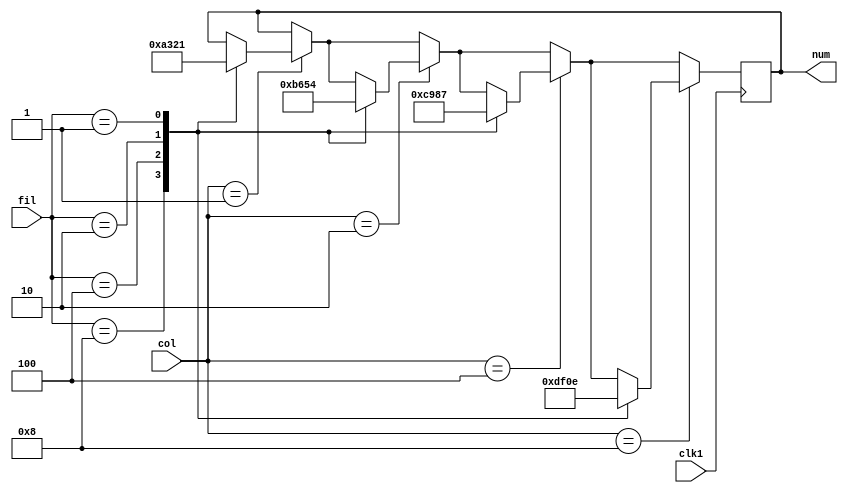
`timescale 1ns / 1ps
//////////////////////////////////////////////////////////////////////////////////
// Company: 
// Engineer: 
// 
// Design Name: 
// Module Name:    com 
// Project Name: 
// Target Devices: 
// Tool versions: 
// Description: 
//
// Dependencies: 
//
// Revision: 
// Revision 0.01 - File Created
// Additional Comments: 
//
//////////////////////////////////////////////////////////////////////////////////
module com(clk1, fil, col, num);

input clk1;
input [3:0]fil;
input [3:0]col;
output reg [3:0]num;

initial begin
num = 4'h0;
end

always @(posedge clk1)begin
if(col == 4'b0001)begin
	case(fil)
		4'b1000: num = 4'hA;
		4'b0100: num = 4'h3;
		4'b0010: num = 4'h2;
		4'b0001: num = 4'h1;


	endcase
 end

if(col == 4'b0010)begin
	case(fil)
		4'b1000: num = 4'hB;
		4'b0100: num = 4'h6;
		4'b0010: num = 4'h5;
		4'b0001: num = 4'h4;


	endcase
 end 
 
if(col == 4'b0100)begin
	case(fil)
		4'b1000: num = 4'hC;
		4'b0100: num = 4'h9;
		4'b0010: num = 4'h8;
		4'b0001: num = 4'h7;


	endcase
 end
 
if(col == 4'b1000)begin
	case(fil)
		4'b1000: num = 4'hD;
		4'b0100: num = 4'hF;
		4'b0010: num = 4'h0;
		4'b0001: num = 4'hE;


	endcase
 end

end
endmodule